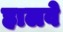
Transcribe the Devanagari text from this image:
हालवे